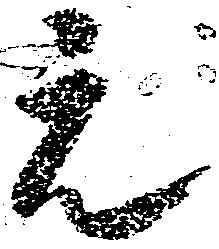
元